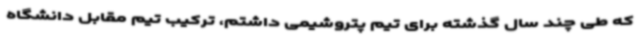
که طی چند سال گذشته برای تیم پتروشیمی داشتم، ترکیب تیم مقابل دانشگاه